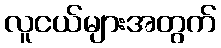
လူငယ်များအတွက်